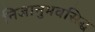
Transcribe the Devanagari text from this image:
निजानुभवसिद्ध